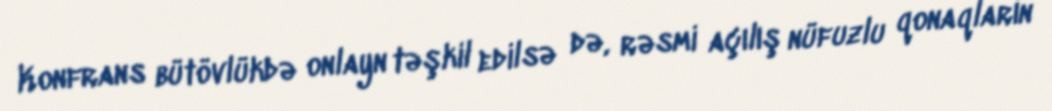
Konfrans bütövlükdə onlayn təşkil edilsə də, rəsmi açılış nüfuzlu qonaqların